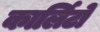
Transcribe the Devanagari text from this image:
कार्लिटो